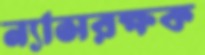
ন্যাসরক্ষক